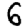
Digit: 6